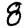
Digit: 8